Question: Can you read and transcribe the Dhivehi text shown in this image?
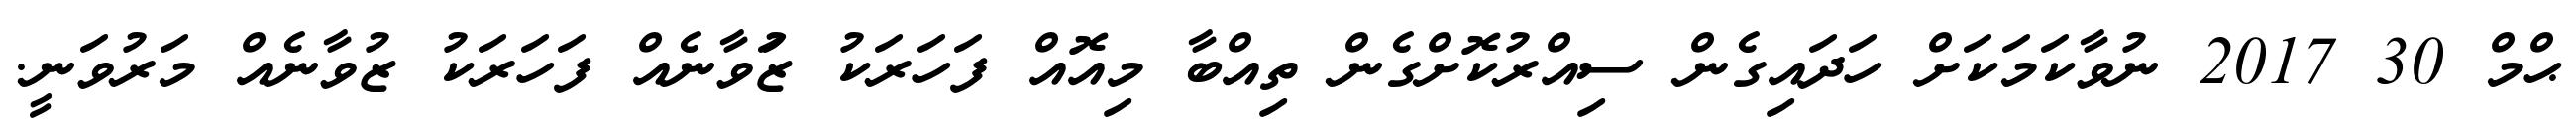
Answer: ޙްމް 30 2017 ނުވާކަމަކަށް ހަދައިގެން ސިއްރުކޮށްގެން ތިއްބާ މިއޮއް ފަހަރަކު ޒަުވާނެއް ފަހަރަކު ޒުވާނެއް މަރުވަނީ.